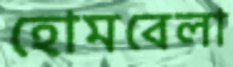
হোমবেলা